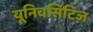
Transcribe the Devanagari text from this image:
यूनिवर्सिटिज़